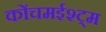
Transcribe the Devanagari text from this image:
कोंचमईश्ट्म